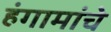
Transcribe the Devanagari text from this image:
हंगामांचे